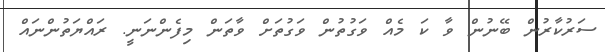
ސަރުކާރުން ބޭނުން ވާ ކަ މެއް ވަގުތުން ވަގުތަށް ވާތަން މިފެންނަނީ. ރައްޔަތުންނައް